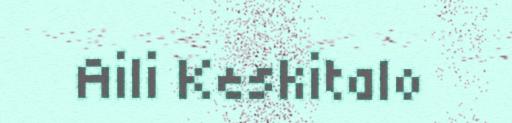
Aili Keskitalo